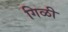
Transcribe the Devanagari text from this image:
गिळी